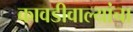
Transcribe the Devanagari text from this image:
कावडीवाल्यांचा